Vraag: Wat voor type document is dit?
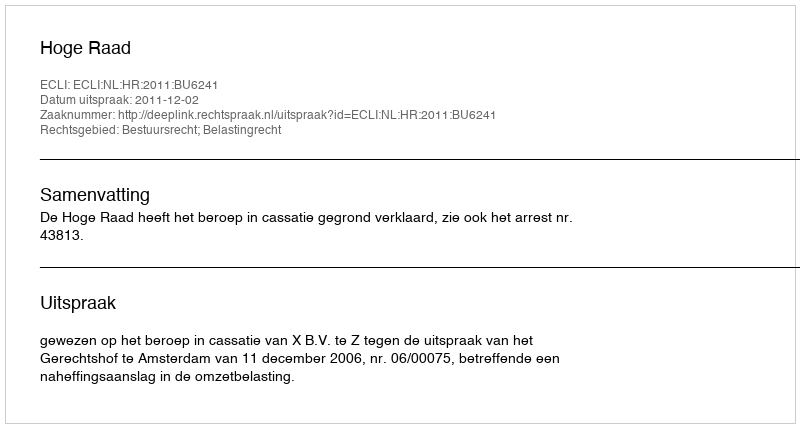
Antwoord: Uitspraak